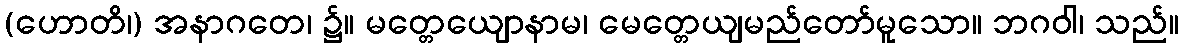
(ဟောတိ၊) အနာဂတေ၊ ၌။ မတ္တေယျောနာမ၊ မေတ္တေယျမည်တော်မူသော။ ဘဂဝါ၊ သည်။